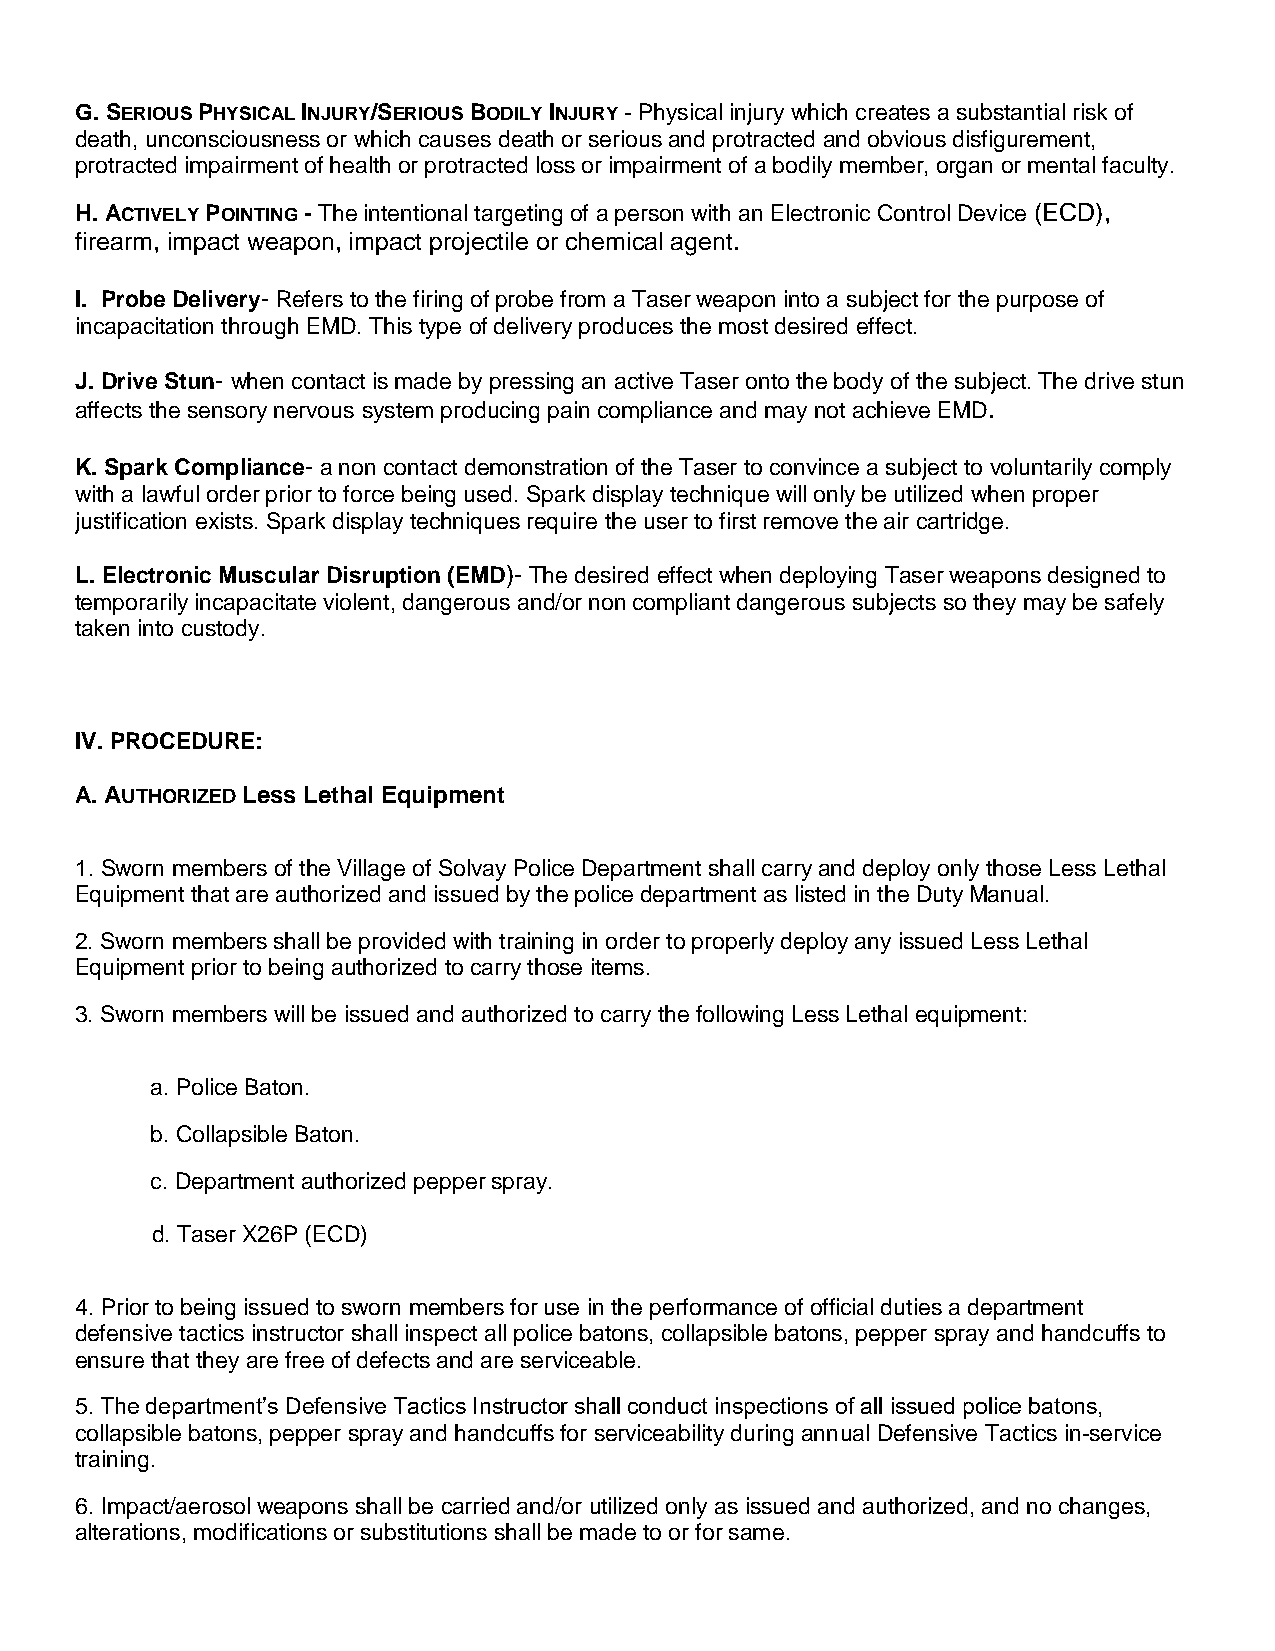
G. SERIOUS PHYSICAL INJURY/SERIOUS BODILY INJURY - Physical injury which creates a substantial risk of
 death, unconsciousness or which causes death or serious and protracted and obvious disfigurement,
 protracted impairment of health or protracted loss or impairment of a bodily member, organ or mental faculty.
 H. ACTIVELY POINTING - The intentional targeting of a person with an Electronic Control Device (ECD),
 firearm, impact weapon, impact projectile or chemical agent.
 I. Probe Delivery- Refers to the firing of probe from a Taser weapon into a subject for the purpose of
 incapacitation through EMD. This type of delivery produces the most desired effect.
 J. Drive Stun- when contact is made by pressing an active Taser onto the body of the subject. The drive stun
 affects the sensory nervous system producing pain compliance and may not achieve EMD.
 K. Spark Compliance- a non contact demonstration of the Taser to convince a subject to voluntarily comply
 with a lawful order prior to force being used. Spark display technique will only be utilized when proper
 justification exists. Spark display techniques require the user to first remove the air cartridge.
 L. Electronic Muscular Disruption (EMD)- The desired effect when deploying Taser weapons designed to
 temporarily incapacitate violent, dangerous and/or non compliant dangerous subjects so they may be safely
 taken into custody.
 IV. PROCEDURE:
 A. AUTHORIZED Less Lethal Equipment
 1. Sworn members of the Village of Solvay Police Department shall carry and deploy only those Less Lethal
 Equipment that are authorized and issued by the police department as listed in the Duty Manual.
 2. Sworn members shall be provided with training in order to properly deploy any issued Less Lethal
 Equipment prior to being authorized to carry those items.
 3. Sworn members will be issued and authorized to carry the following Less Lethal equipment:
 a. Police Baton.
 b. Collapsible Baton.
 c. Department authorized pepper spray.
 d. Taser X26P (ECD)
 4. Prior to being issued to sworn members for use in the performance of official duties a department
 defensive tactics instructor shall inspect all police batons, collapsible batons, pepper spray and handcuffs to
 ensure that they are free of defects and are serviceable.
 5. The department’s Defensive Tactics Instructor shall conduct inspections of all issued police batons,
 collapsible batons, pepper spray and handcuffs for serviceability during annual Defensive Tactics in-service
 training.
 6. Impact/aerosol weapons shall be carried and/or utilized only as issued and authorized, and no changes,
 alterations, modifications or substitutions shall be made to or for same.